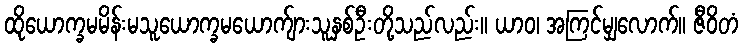
ထိုယောက္ခမမိန်းမသူယောက္ခမယောက်ျားသူနှစ်ဦးတို့သည်လည်း။ ယာဝ၊ အကြင်မျှလောက်။ ဇီဝိတံ